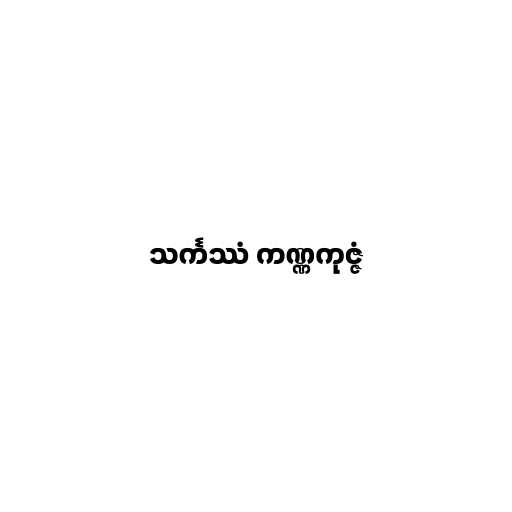
သင်္ကဿံ ကဏ္ဏကုဇ္ဇံ